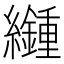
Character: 𦇮